Indian journal of veterinary science and animal husbandry - Volume 6,
Year: 1936
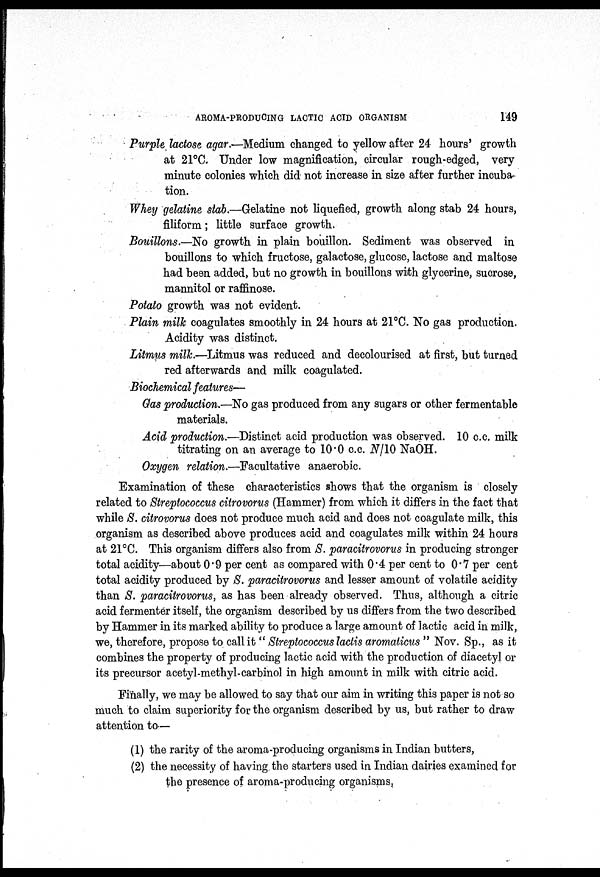
AROMA-PRODUCING LACTIC ACID ORGANISM
149
Purple lactose agar.—Medium changed to yellow after 24 hours' growth
at 21°C. Under low magnification, circular rough-edged, very
minute colonies which did not increase in size after further incuba
tion.
Whey gelatine stab.—Gelatine not liquefied, growth along stab 24 hours,
filiform; little surface growth.
Bouillons.—No growth in plain bouillon. Sediment was observed in
bouillons to which fructose, galactose, glucose, lactose and maltose
had been added, but no growth in bouillons with glycerine, sucrose,
mannitol or raffinose.
Potato growth was not evident.
Plain milk coagulates smoothly in 24 hours at 21°C. No gas production.
Acidity was distinct.
Litmus milk.—Litmus was reduced and decolourised at first, but turned
red afterwards and milk coagulated.
Biochemical features—
Gas production.—No gas produced from any sugars or other fermentable
materials.
Acid production.—Distinct acid production was observed. 10 c.c. milk
titrating on an average to 10.0 c.c. N/10 NaOH.
Oxygen relation.—Facultative anaerobic.
Examination of these characteristics shows that the organism is closely
related to Streptococcus citrovorus (Hammer) from which it differs in the fact that
while S. citrovorus does not produce much acid and does not coagulate milk, this
organism as described above produces acid and coagulates milk within 24 hours
at 21°C. This organism differs also from S. paracitrovorus in producing stronger
total acidity—about 0.9 per cent as compared with 0.4 per cent to 0.7 per cent
total acidity produced by S. paracitrovorus and lesser amount of volatile acidity
than S. paracitrovorus, as has been already observed. Thus, although a citric
acid fermenter itself, the organism described by us differs from the two described
by Hammer in its marked ability to produce a large amount of lactic acid in milk,
we, therefore, propose to call it " Streptococcus lactis aromaticus " Nov. Sp., as it
combines the property of producing lactic acid with the production of diacetyl or
its precursor acetyl-methyl-carbinol in high amount in milk with citric acid.
Finally, we may be allowed to say that our aim in writing this paper is not so
much to claim superiority for the organism described by us, but rather to draw
attention to—
(1) the rarity of the aroma-producing organisms in Indian butters,
(2) the necessity of having the starters used in Indian dairies examined for
the presence of aroma-producing organisms,